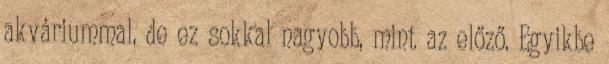
akváriummal, de ez sokkal nagyobb, mint az előző. Egyikbe